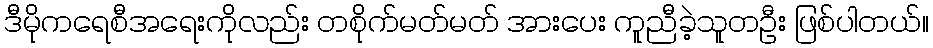
ဒီမိုကရေစီအရေးကိုလည်း တစိုက်မတ်မတ် အားပေး ကူညီခဲ့သူတဦး ဖြစ်ပါတယ်။